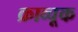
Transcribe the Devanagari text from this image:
क्राव्चूक